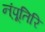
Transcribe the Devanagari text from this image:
न्ंपूतिरि